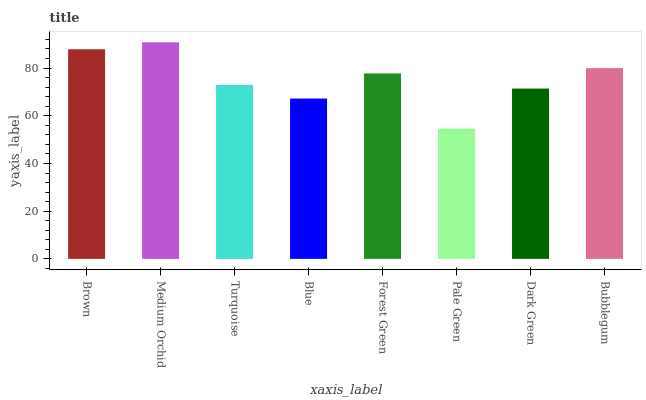
| xaxis_label | bars |
 | --- | --- |
 | Brown | 87.9 |
 | Medium Orchid | 90.8 |
 | Turquoise | 73 |
 | Blue | 67.2 |
 | Forest Green | 77.7 |
 | Pale Green | 54.6 |
 | Dark Green | 71.4 |
 | Bubblegum | 80 |